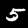
Label: 5